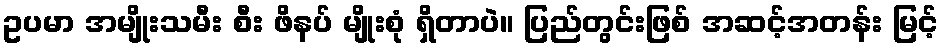
ဥပမာ အမျိုးသမီး စီး ဖိနပ် မျိုးစုံ ရှိတာပဲ။ ပြည်တွင်းဖြစ် အဆင့်အတန်း မြင့်